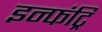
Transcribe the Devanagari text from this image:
इन्फंट्रि